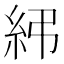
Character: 𥾯